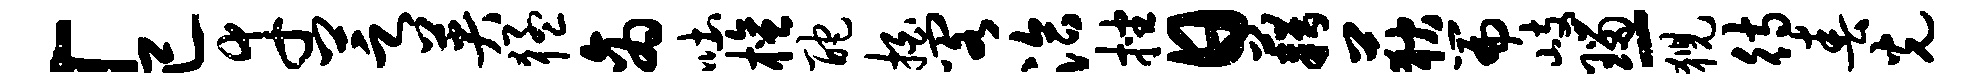
「已幸芝英猛商吐檀酡拍阁洽挫日藉荻篇岐瑙-猊待春光